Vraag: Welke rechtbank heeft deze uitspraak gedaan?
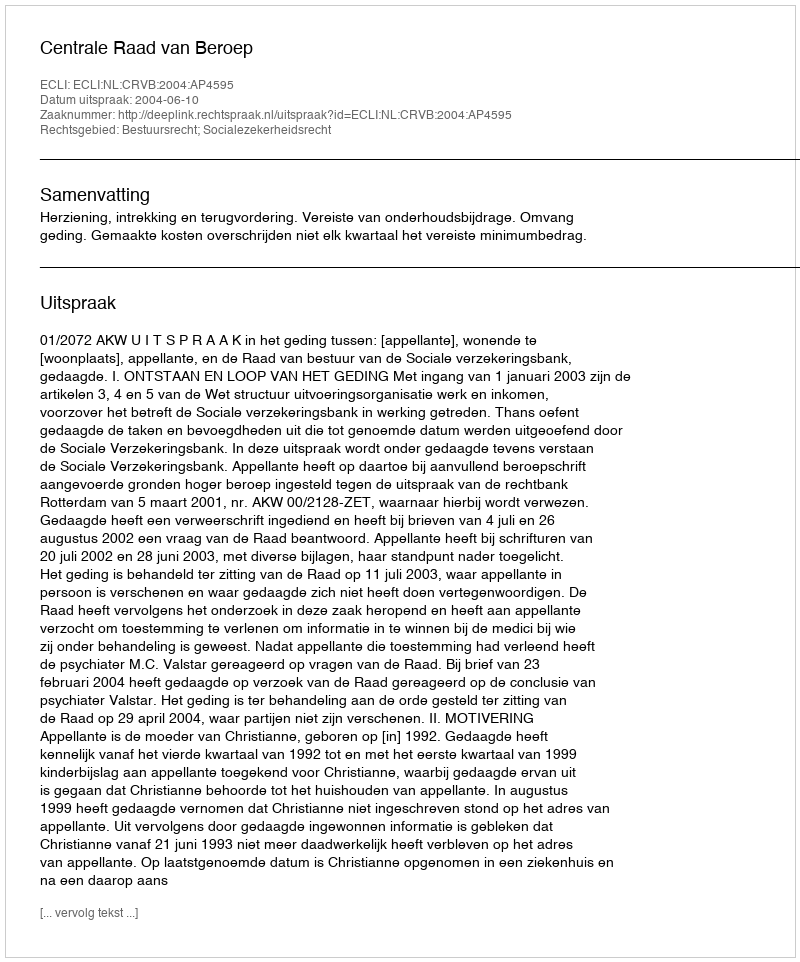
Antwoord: Centrale Raad van Beroep